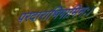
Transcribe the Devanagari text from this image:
परदाराभिगामिनः।